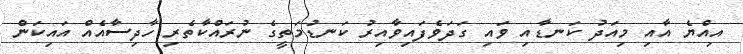
އިއްޔެ އާއި މިއަދު ކަނޑާއި ވައި ގަދަވެފައިވާއިރު ކަނޑުމަތީގެ ނުރައްކާތެރި ހާދިސާއެއް އައިކަން